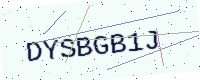
Text: DYSBGB1J